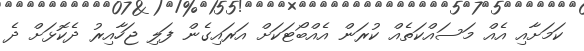
ކަމަށާއި އެއް މަސައްކަތެއް ކުރަން އެއްބޯޓަކަށް އަރައިގެން ފަލި ޖަހާއިރު ދެކޮޅަށް ދެ